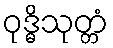
ဝုဒ္ဓိသုတ္တံ